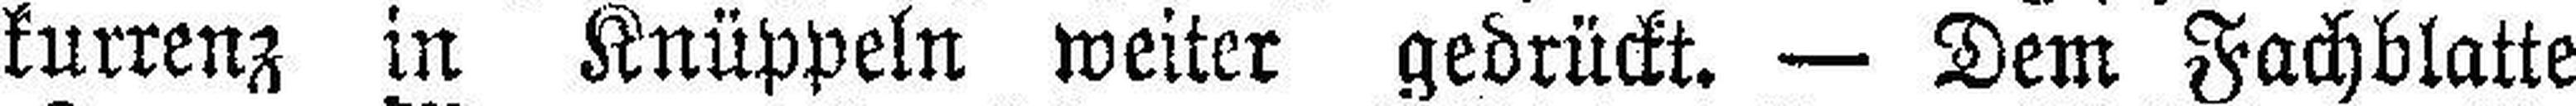
kurrenz in Knüppeln weiter gedrückt. — Dem Fachblatte